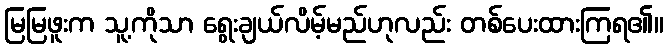
မြမြဖူးက သူ့ကိုသာ ရွေးချယ်လိမ့်မည်ဟုလည်း တစ်ပေးထားကြရ၏။